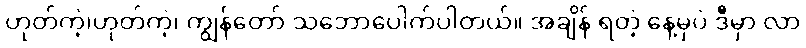
ဟုတ်ကဲ့၊ဟုတ်ကဲ့၊ ကျွန်တော် သဘောပေါက်ပါတယ်။ အချိန် ရတဲ့ နေ့မှပဲ ဒီမှာ လာ